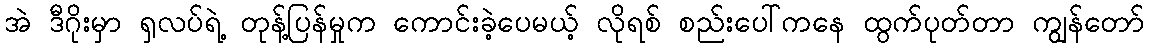
အဲ ဒီဂိုးမှာ ရှလပ်ရဲ့ တုန့်ပြန်မှုက ကောင်းခဲ့ပေမယ့် လိုရစ် စည်းပေါ်ကနေ ထွက်ပုတ်တာ ကျွန်တော်